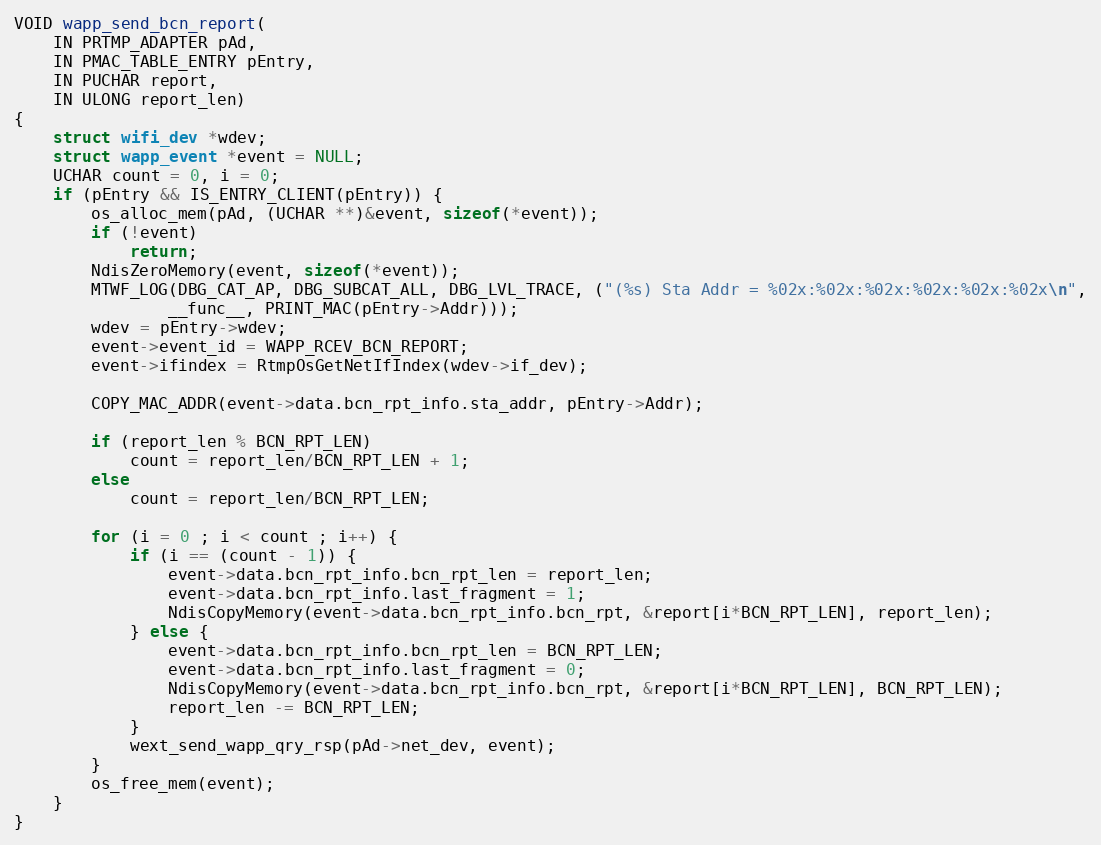
Language: C
VOID wapp_send_bcn_report(
	IN PRTMP_ADAPTER pAd,
	IN PMAC_TABLE_ENTRY pEntry,
	IN PUCHAR report,
	IN ULONG report_len)
{
	struct wifi_dev *wdev;
	struct wapp_event *event = NULL;
	UCHAR count = 0, i = 0;
	if (pEntry && IS_ENTRY_CLIENT(pEntry)) {
		os_alloc_mem(pAd, (UCHAR **)&event, sizeof(*event));
		if (!event)
			return;
		NdisZeroMemory(event, sizeof(*event));
		MTWF_LOG(DBG_CAT_AP, DBG_SUBCAT_ALL, DBG_LVL_TRACE, ("(%s) Sta Addr = %02x:%02x:%02x:%02x:%02x:%02x\n",
				__func__, PRINT_MAC(pEntry->Addr)));
		wdev = pEntry->wdev;
		event->event_id = WAPP_RCEV_BCN_REPORT;
		event->ifindex = RtmpOsGetNetIfIndex(wdev->if_dev);

		COPY_MAC_ADDR(event->data.bcn_rpt_info.sta_addr, pEntry->Addr);

		if (report_len % BCN_RPT_LEN)
			count = report_len/BCN_RPT_LEN + 1;
		else
			count = report_len/BCN_RPT_LEN;

		for (i = 0 ; i < count ; i++) {
			if (i == (count - 1)) {
				event->data.bcn_rpt_info.bcn_rpt_len = report_len;
				event->data.bcn_rpt_info.last_fragment = 1;
				NdisCopyMemory(event->data.bcn_rpt_info.bcn_rpt, &report[i*BCN_RPT_LEN], report_len);
			} else {
				event->data.bcn_rpt_info.bcn_rpt_len = BCN_RPT_LEN;
				event->data.bcn_rpt_info.last_fragment = 0;
				NdisCopyMemory(event->data.bcn_rpt_info.bcn_rpt, &report[i*BCN_RPT_LEN], BCN_RPT_LEN);
				report_len -= BCN_RPT_LEN;
			}
			wext_send_wapp_qry_rsp(pAd->net_dev, event);
		}
		os_free_mem(event);
	}
}